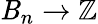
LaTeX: \mathit{B}_{n}\to\mathbb{{Z}}